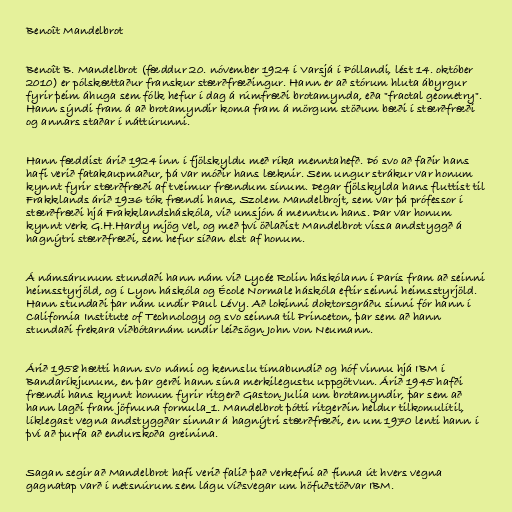
Benoît Mandelbrot

Benoît B. Mandelbrot (fæddur 20. nóvember 1924 í Varsjá í Póllandi, lést 14. október
2010) er pólskættaður franskur stærðfræðingur. Hann er að stórum hluta ábyrgur
fyrir þeim áhuga sem fólk hefur í dag á rúmfræði brotamynda, eða "fractal geometry".
Hann sýndi fram á að brotamyndir koma fram á mörgum stöðum bæði í stærðfræði
og annars staðar í náttúrunni.

Hann fæddist árið 1924 inn í fjölskyldu með ríka menntahefð. Þó svo að faðir hans
hafi verið fatakaupmaður, þá var móðir hans læknir. Sem ungur strákur var honum
kynnt fyrir stærðfræði af tveimur frændum sínum. Þegar fjölskylda hans fluttist til
Frakklands árið 1936 tók frændi hans, Szolem Mandelbrojt, sem var þá prófessor í
stærðfræði hjá Frakklandsháskóla, við umsjón á menntun hans. Þar var honum
kynnt verk G.H.Hardy mjög vel, og með því öðlaðist Mandelbrot vissa andstyggð á
hagnýtri stærðfræði, sem hefur síðan elst af honum.

Á námsárunum stundaði hann nám við Lycée Rolin háskólann í París fram að seinni
heimsstyrjöld, og í Lyon háskóla og École Normale háskóla eftir seinni heimsstyrjöld.
Hann stundaði þar nám undir Paul Lévy. Að lokinni doktorsgráðu sinni fór hann í
California Institute of Technology og svo seinna til Princeton, þar sem að hann
stundaði frekara viðbótarnám undir leiðsögn John von Neumann.

Árið 1958 hætti hann svo námi og kennslu tímabundið og hóf vinnu hjá IBM í
Bandaríkjunum, en þar gerði hann sína merkilegustu uppgötvun. Árið 1945 hafði
frændi hans kynnt honum fyrir ritgerð Gaston Julia um brotamyndir, þar sem að
hann lagði fram jöfnuna formula_1. Mandelbrot þótti ritgerðin heldur tilkomulítil,
líklegast vegna andstyggðar sinnar á hagnýtri stærðfræði, en um 1970 lenti hann í
því að þurfa að endurskoða greinina.

Sagan segir að Mandelbrot hafi verið falið það verkefni að finna út hvers vegna
gagnatap varð í netsnúrum sem lágu víðsvegar um höfuðstöðvar IBM.